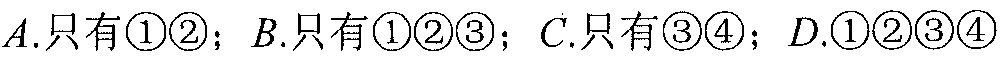
\(A.\)只有\textcircled{1}\textcircled{2}；\(B.\)只有\textcircled{1}\textcircled{2}\textcircled{3}；\(C.\)只有\textcircled{3}\textcircled{4}；\(D.\)\textcircled{1}\textcircled{2}\textcircled{3}\textcircled{4}